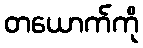
တယောက်ကို